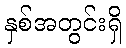
နှစ်အတွင်းရှိ